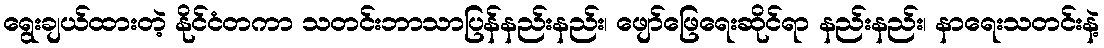
ရွေးချယ်ထားတဲ့ နိုင်ငံတကာ သတင်းဘာသာပြန်နည်းနည်း၊ ဖျော်ဖြေရေးဆိုင်ရာ နည်းနည်း၊ နာရေးသတင်းနဲ့